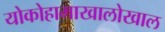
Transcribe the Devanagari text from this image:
योकोहामाखालोखाल